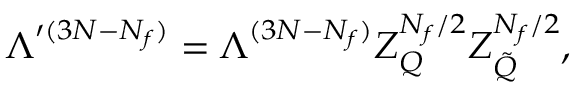
\Lambda ^ { \prime ( 3 N - N _ { f } ) } = \Lambda ^ { ( 3 N - N _ { f } ) } Z _ { Q } ^ { N _ { f } / 2 } Z _ { \tilde { Q } } ^ { N _ { f } / 2 } ,